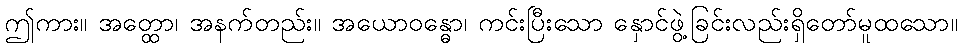
ဤကား။ အတ္ထော၊ အနက်တည်း။ အယောဝန္ဓော၊ ကင်းပြီးသော နှောင်ဖွဲ့ခြင်းလည်းရှိတော်မူထသော။